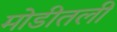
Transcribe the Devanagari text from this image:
मोडीतली